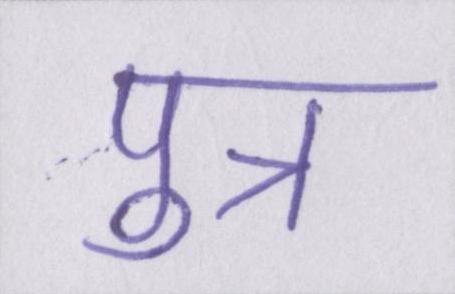
पुत्र